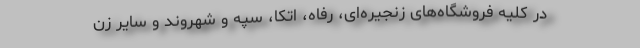
در کلیه فروشگاه‌های زنجیره‌ای، رفاه، اتکا، سپه و شهروند و سایر زن